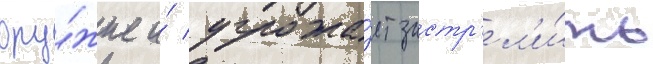
ору́жие и́ угрожа́ет застр'ел'и́ть